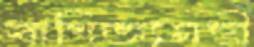
বাণিজ্যমন্ত্রী